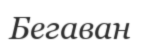
Бегаван